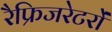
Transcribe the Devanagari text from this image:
रैफ्रिजरेटरों